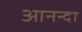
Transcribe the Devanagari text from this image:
आनन्दा